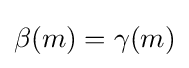
\beta (m)=\gamma (m)